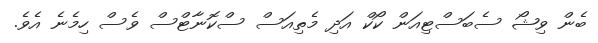
ބެން ވިޝޯ ސެބަސްޓިއަން ކޯކް އަދި މެތިއަސް ސްކޮނާޓްސް ވެސް ހިމެނެ އެވެ.